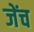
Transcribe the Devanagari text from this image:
जेंच